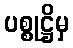
ပစ္စုဋ္ဌိမှ